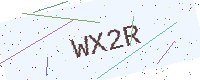
Text: WX2R